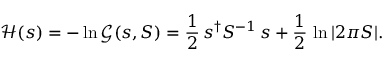
{ \mathcal { H } } ( s ) = - \ln { \mathcal { G } } ( s , S ) = { \frac { 1 } { 2 } } \, s ^ { \dagger } S ^ { - 1 } \, s + { \frac { 1 } { 2 } } \, \ln | 2 \pi S | .